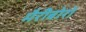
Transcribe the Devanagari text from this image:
मैरीबोरो